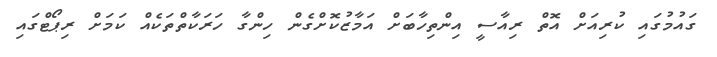
ގައުމުގައި ކުރިއަށް އޮތް ރިއާސީ އިންތިހާބަށް އަމާޒުކޮށްގެން ހިންގާ ހަރަކާތްތަކެއް ކަމަށް ރިޕޯޓްގައި